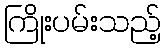
ကြိုးပမ်းသည့်